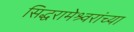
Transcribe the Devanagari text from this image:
सिद्धरामेश्र्वरांच्या